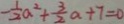
- \frac { 1 } { 2 } a ^ { 2 } + \frac { 3 } { 2 } a + 7 = 0